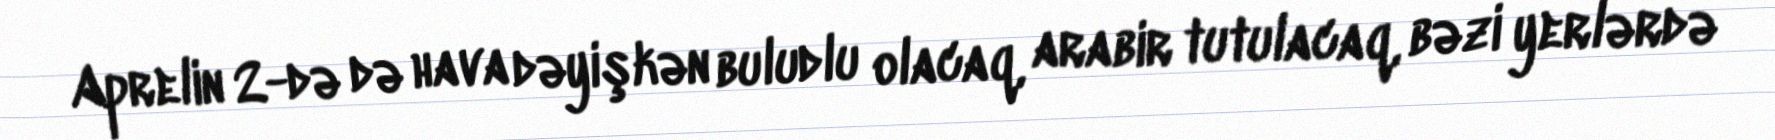
Aprelin 2-də də hava dəyişkən buludlu olacaq, arabir tutulacaq, bəzi yerlərdə